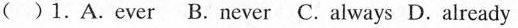
( )1.A.Ever B.Never C. Always D. Already